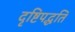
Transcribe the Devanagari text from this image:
दृष्टिपद्धति